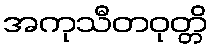
အကုသီတဝုတ္တိ